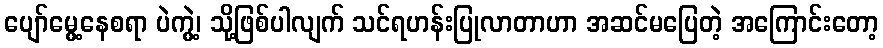
ပျော်မွေ့နေစရာ ပဲကွဲ့၊ သို့ဖြစ်ပါလျက် သင်ရဟန်းပြုလာတာဟာ အဆင်မပြေတဲ့ အကြောင်းတော့